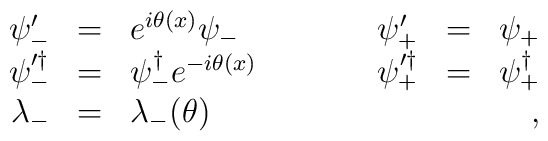
\begin{array}{rclcrcl}     \psi^{\prime}_{-}  & = &  e^{i\theta (x)}\psi_{-} &\quad \quad&     \psi^{\prime}_{+}  & = &   \psi_{+}     \nonumber \\     \psi^{\prime \dag }_{-} & = & \psi^{\dag}_{-}   e^{- i \theta (x) }     &\quad\quad &\psi^{\prime \dag}_{+} & = & \psi^{\dag}_{+}     \nonumber \\     \lambda_{-} &=& \lambda_{-}(\theta) &&&&\quad,  \end{array}